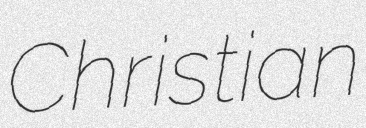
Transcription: Christian